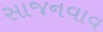
સાજનવાવ